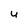
Character: u